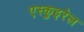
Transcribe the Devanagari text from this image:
एस्कुइरेल